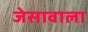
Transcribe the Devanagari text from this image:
जेसावाला